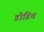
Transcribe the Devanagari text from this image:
डोडिच